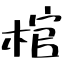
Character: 棺